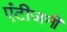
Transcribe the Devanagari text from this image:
एंटीजनी